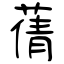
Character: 蒨